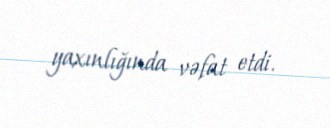
yaxınlığında vəfat etdi.